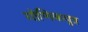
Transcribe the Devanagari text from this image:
गोणिकपुत्र